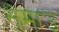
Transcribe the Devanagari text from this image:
सेमाउ